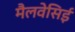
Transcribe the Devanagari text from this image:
मैलवेसिई